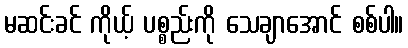
မဆင်းခင် ကိုယ့် ပစ္စည်းကို သေချာအောင် စစ်ပါ။